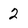
Character: 2